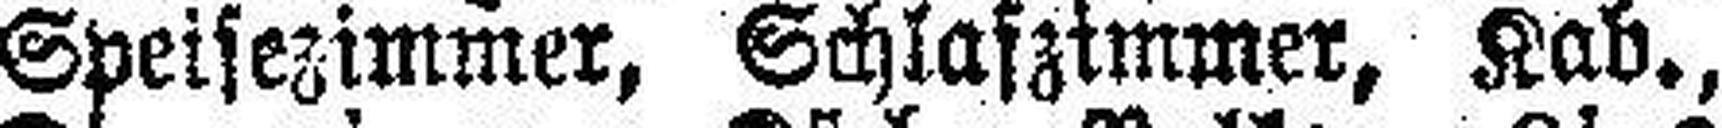
Speisezimmer, Schlafzimmer, Kab.,